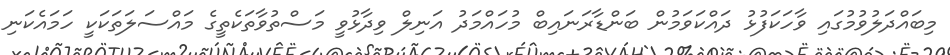
މިބައްދަލުވުމުގައި ވާހަކަފުޅު ދައްކަވަމުން ބަންޑާރަނައިބް މުހައްމަދު އަނިލް ވިދާޅުވީ މަސްތުވާތަކެތީގެ މައްސަލަތަކަކީ ހަމައެކަނި